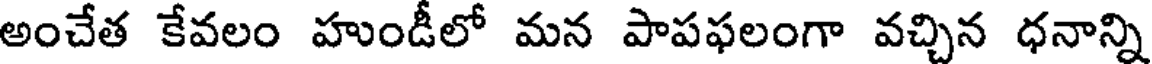
అంచేత కేవలం హుండీలో మన పాపఫలంగా వచ్చిన ధనాన్ని